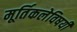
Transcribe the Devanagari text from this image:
मूर्तिकलेविषयी